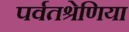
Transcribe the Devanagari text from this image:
पर्वतश्रेणिया